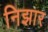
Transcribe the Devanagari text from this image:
निझार